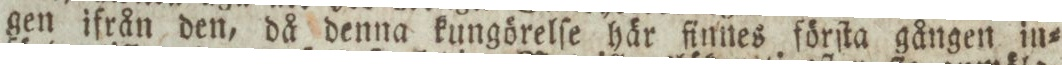
gen ifrån den, då denna kungörelſe här finnes förſta gången in=